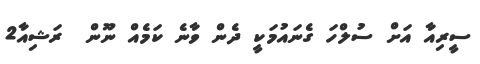
ސީރިއާ އަށް ސުލްހަ ގެނައުމަކީ ދެން ވާނެ ކަމެއް ނޫން  ރަޝިއާ2